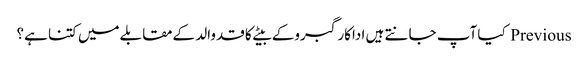
Previous کیا آپ جانتے ہیں اداکارگبروکے بیٹےکا قدوالد کےمقابلےمیں کتنا ہے؟